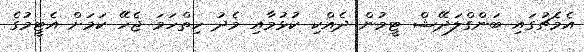
އެމެޗުގައި ބަންގްލަދޭޝް ޓީމުން ދެއްކި ކުޅުމާއި މެދު ހިތްހަމަ ޖެހޭ ކަމަށް އެޓީމުގެ